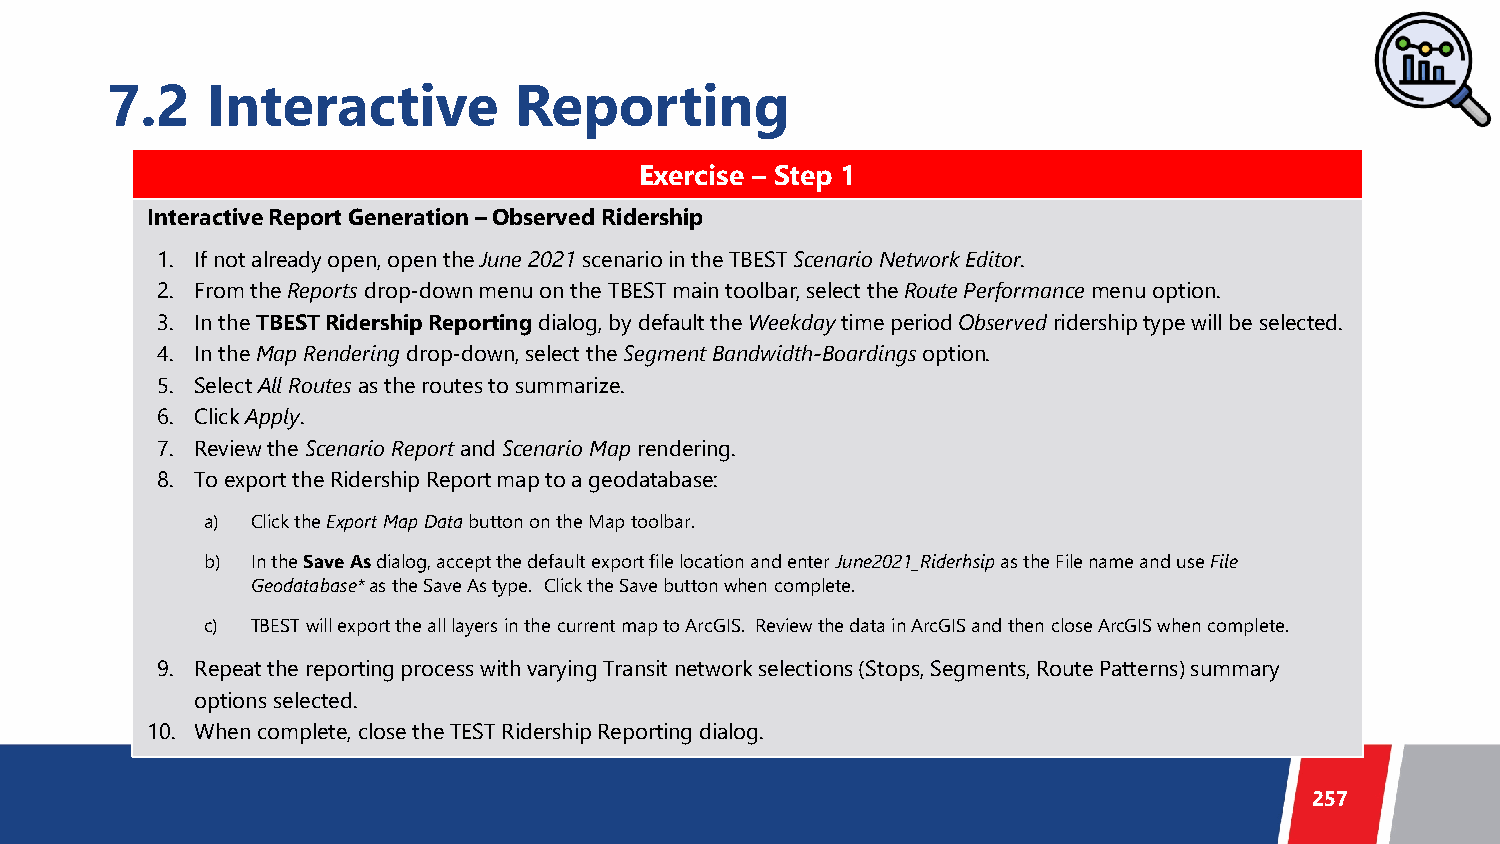
7.2    Interactive         Reporting
 Exercise – Step 1
 Interactive Report Generation – Observed Ridership
 1. If not already open, open the June 2021 scenario in the TBEST Scenario Network Editor.
 2. From the Reportsdrop-down menu on the TBEST main toolbar, select the Route Performance menu option.
 3. In the TBEST Ridership Reporting dialog, by default the Weekdaytime period Observedridership type will be selected.
 4. In the Map Rendering drop-down, select the Segment Bandwidth-Boardingsoption.
 5. Select All Routes as the routes to summarize.
 6. ClickApply.
 7. Review the Scenario Report and ScenarioMaprendering.
 8. To export the Ridership Report map to a geodatabase:
 a)  Click the Export Map Data button on the Map toolbar.
 b)  In the Save As dialog, accept the default export file location and enter June2021_Riderhsip as the File name and use File
 Geodatabase* as the Save As type. Click the Save button when complete.
 c)  TBEST will export the all layers in the current map to ArcGIS. Review the data in ArcGIS and then close ArcGIS when complete.
 9. Repeat the reporting process with varying Transit network selections (Stops, Segments, Route Patterns) summary
 options selected.
 10. When complete, close the TEST Ridership Reporting dialog.
 257